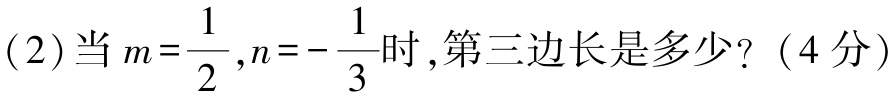
(2)当\(m = \dfrac{1}{2},n = -\dfrac{1}{3}\)时,第三边长是多少?（4分）